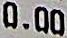
0.00